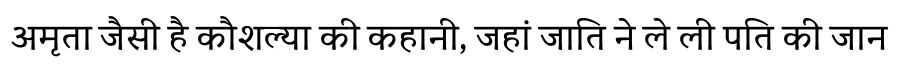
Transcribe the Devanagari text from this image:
अमृता जैसी है कौशल्या की कहानी, जहां जाति ने ले ली पति की जान